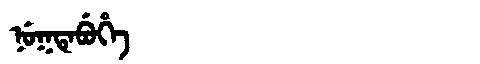
Manchu: ᠨᡠᡴᡨᡝᠪᡠᡥᡝ
Romanization: NUKTEBUHE